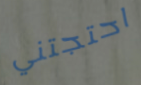
احتجتني